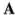
A